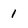
Character: 1